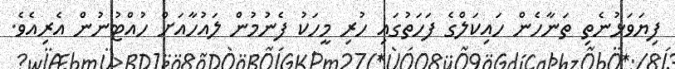
ފިޔަވަޅުނެތި ތަނާހެން ހައިކަލްގެ ފަހަތުގައި ހުރި މީހަކު ފެނުމުން ލައުހާއަށް ހުއްޓުނުން އެރިއެވެ.